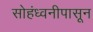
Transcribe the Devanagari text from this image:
सोहंध्वनीपासून